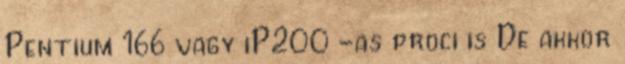
Pentium 166 vagy iP200 -as proci is De akkor